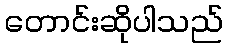
တောင်းဆိုပါသည်